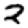
Digit: 2